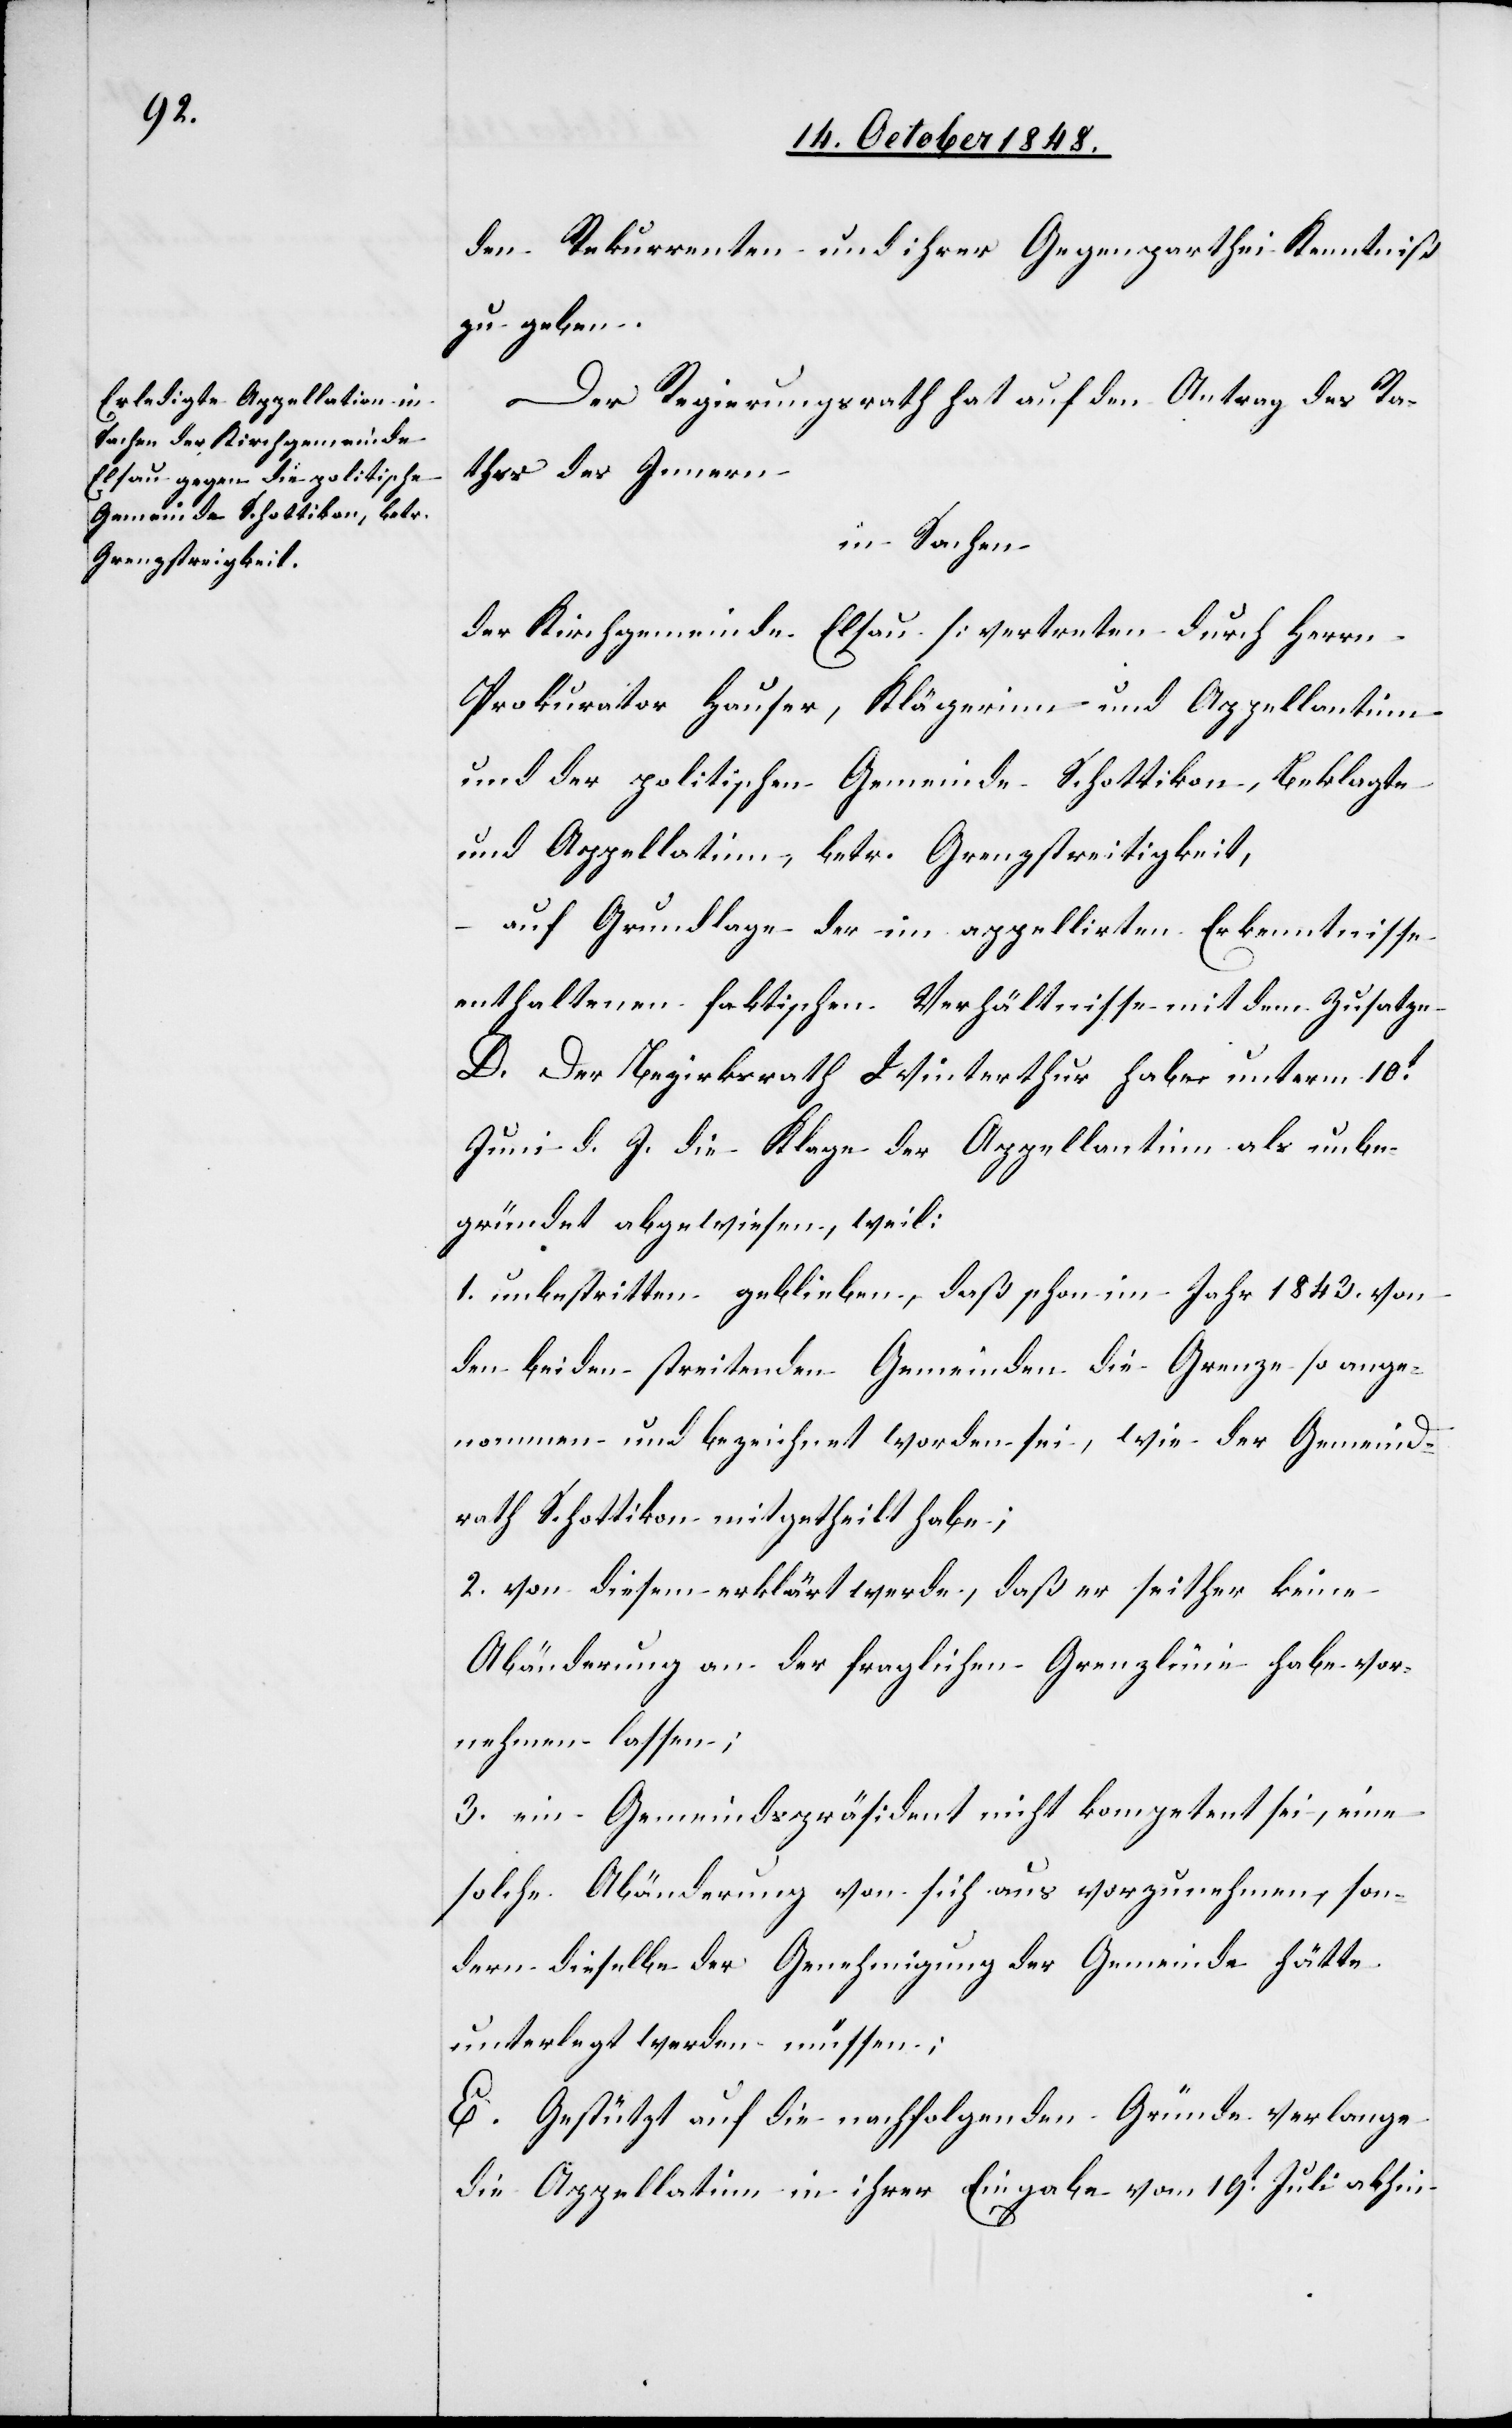
den Rekurrenten und ihrer Gegenparthei Kenntniß
zu geben.
Der Regierungsrath hat auf den Antrag des Ra¬
thes des Innern
in Sachen
der Kirchgemeinde Elsau [vertreten durch Herrn
Prokurator Hauser, Klägerinn und Appellantinn[]]
und der politischen Gemeinde Schottikon, Beklagte
und Appellatinn, betr. Grenzstreitigkeit,
auf Grundlage der im appellirten Erkenntnisse
enthaltenen faktischen Verhältnisse mit dem Zusatze
D. Der Bezirksrath Winterthur habe unterm 10t
Juni d. J. die Klage der Appellantinn als unbe¬
gründet abgewiesen, weil:
1. unbestritten geblieben, daß schon im Jahr 1843. von
den beiden streitenden Gemeinden die Grenze so ange¬
nommen und bezeichnet worden sei, wie der Gemeind¬
rath Schottikon mitgetheilt habe;
2. von diesem erklärt werde, daß er seither keine
Abänderung an der fraglichen Grenzlinie habe vor¬
nehmen lassen;
3. ein Gemeindspräsident nicht kompetent sei, eine
solche Abänderung von sich aus vorzunehmen, son¬
dern dieselbe der Genehmigung der Gemeinde hätte
unterlegt werden müssen
E. Gestützt auf die nachfolgenden Gründe verlange
die Appellatinn in ihrer Eingabe vom 19t Juli abhin,